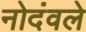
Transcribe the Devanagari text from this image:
नोदंवले